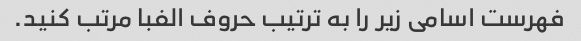
فهرست اسامی زیر را به ترتیب حروف الفبا مرتب کنید.